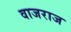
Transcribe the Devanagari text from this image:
वाजराज